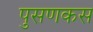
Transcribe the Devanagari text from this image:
पुसणकस